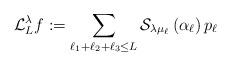
LaTeX: \begin{align*}\mathcal{L}_L^{\lambda}f:=\sum\limits_{\ell_1+\ell_2+\ell_3\leq L}\mathcal{S}_{\lambda\mu_{\ell}}\left(\alpha_{\ell}\right)p_{\ell}\end{align*}